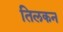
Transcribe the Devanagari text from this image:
तिलकन